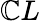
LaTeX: \mathbb{C}L